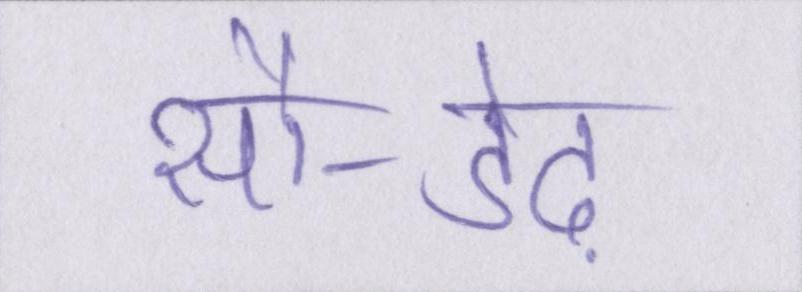
सौ-डेढ़